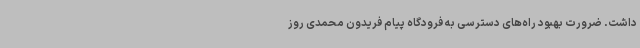
داشت. ضرورت بهبود راه‌های دسترسی به فرودگاه پیام فریدون محمدی روز